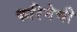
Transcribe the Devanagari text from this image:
करिनेची